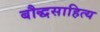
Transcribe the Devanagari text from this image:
बौद्धसाहित्य